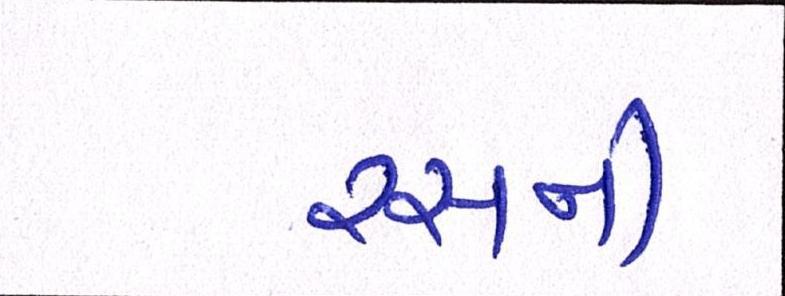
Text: રસની